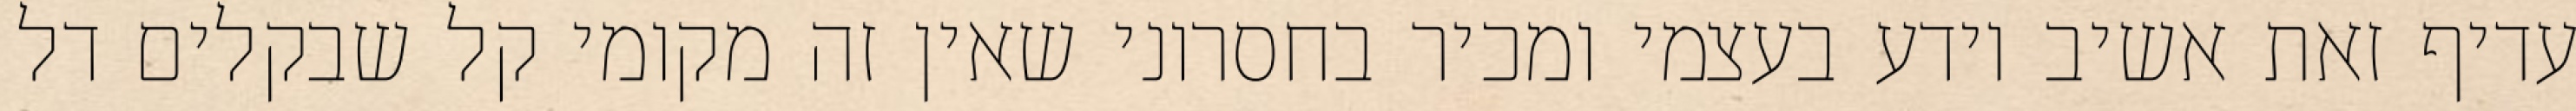
עדיף זאת אשיב יודע בעצמי ומכיר בחסרוני שאין זה מקומי קל שבקלים דל